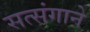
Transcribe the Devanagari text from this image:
सत्संगाने